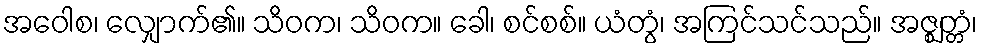
အဝေါစ၊ လျှောက်၏။ သိဝက၊ သိဝက။ ခေါ၊ စင်စစ်။ ယံတွံ၊ အကြင်သင်သည်။ အဇ္ဈတ္တံ၊